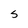
Character: S